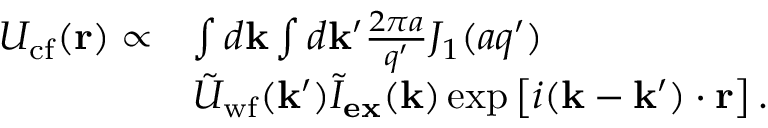
\begin{array} { r l } { U _ { \mathrm { c f } } ( \mathbf { r } ) \propto } & { \int d \mathbf { k } \int d \mathbf { k } ^ { \prime } \frac { 2 \pi a } { q ^ { \prime } } J _ { 1 } ( a q ^ { \prime } ) } \\ & { \tilde { U } _ { \mathrm { w f } } ( \mathbf { k } ^ { \prime } ) \tilde { I } _ { \mathbf { e x } } ( \mathbf { k } ) \exp \left[ i ( \mathbf { k } - \mathbf { k ^ { \prime } } ) \cdot \mathbf { r } \right] . } \end{array}